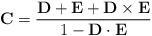
\begin{align*} {\bf C} = {{\bf D + E + D\times E}\over 1-{\bf D\cdot E}}\end{align*}